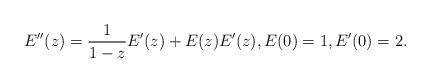
LaTeX: \begin{align*} E''(z) = \frac{1}{1-z} E'(z) + E(z) E'(z), E(0)=1, E'(0)=2.\end{align*}